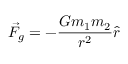
{ \vec { F } } _ { g } = - { \frac { G m _ { 1 } m _ { 2 } } { r ^ { 2 } } } { \hat { r } }